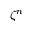
\zeta ^ { n }